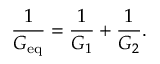
{ \frac { 1 } { G _ { \mathrm { e q } } } } = { \frac { 1 } { G _ { 1 } } } + { \frac { 1 } { G _ { 2 } } } .